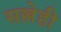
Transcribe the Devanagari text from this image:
सल्लेही